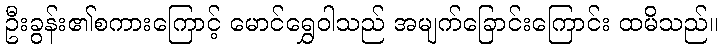
ဦးခွန်း၏စကားကြောင့် မောင်ရွှေဝါသည် အမျက်ခြောင်းကြောင်း ထမိသည်။